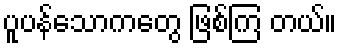
ပူပန်သောကတွေ ဖြစ်ကြ တယ်။